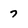
Character: 7